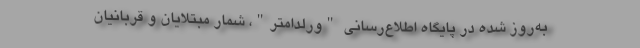
به‌روز شده در پایگاه اطلاع‌رسانی "ورلداُمتر"، شمار مبتلایان و قربانیان